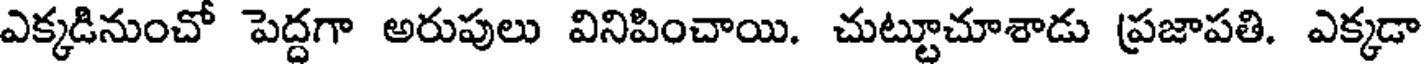
ఎక్కడినుంచో పెద్దగా అరుపులు వినిపించాయి. చుట్టూచూశాడు ప్రజాపతి. ఎక్కడా